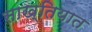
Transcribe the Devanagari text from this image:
साख्तियात